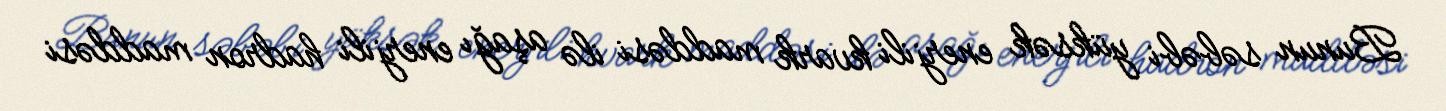
Bunun səbəbi yüksək enerjili kvark maddəsi ilə aşağı enerjili hadron maddəsi